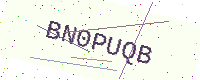
Text: BN0PUQB